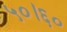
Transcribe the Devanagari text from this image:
५०।६०